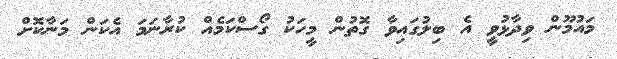
މައުމޫން ވިދާޅުވީ އެ ބިލުގައިވާ ގޮތުން މީހަކު ގޯސްކަމެއް ކުރާނަމަ އެކަން މަނާކޮށް